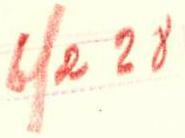
6/2 28